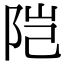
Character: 𬮿